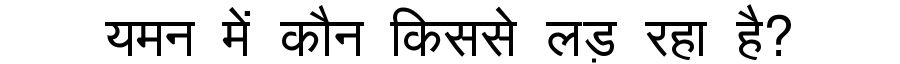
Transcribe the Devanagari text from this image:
यमन में कौन किससे लड़ रहा है?